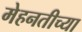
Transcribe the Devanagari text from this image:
मेहनतीच्या